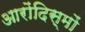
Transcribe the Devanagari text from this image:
आरोंदिस्मों